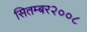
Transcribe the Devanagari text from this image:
सितम्बर२००८